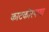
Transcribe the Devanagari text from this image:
काटकोरपणा